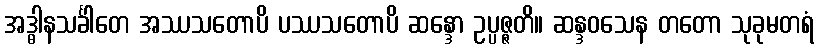
အဒ္ဓါနသင်္ခါတေ အဿသတောပိ ပဿသတောပိ ဆန္ဒော ဥပ္ပဇ္ဇတိ။ ဆန္ဒဝသေန တတော သုခုမတရံ